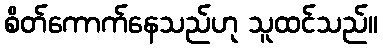
စိတ်ကောက်နေသည်ဟု သူထင်သည်။